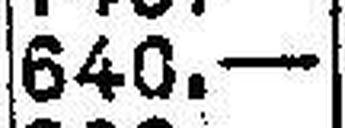
640.—